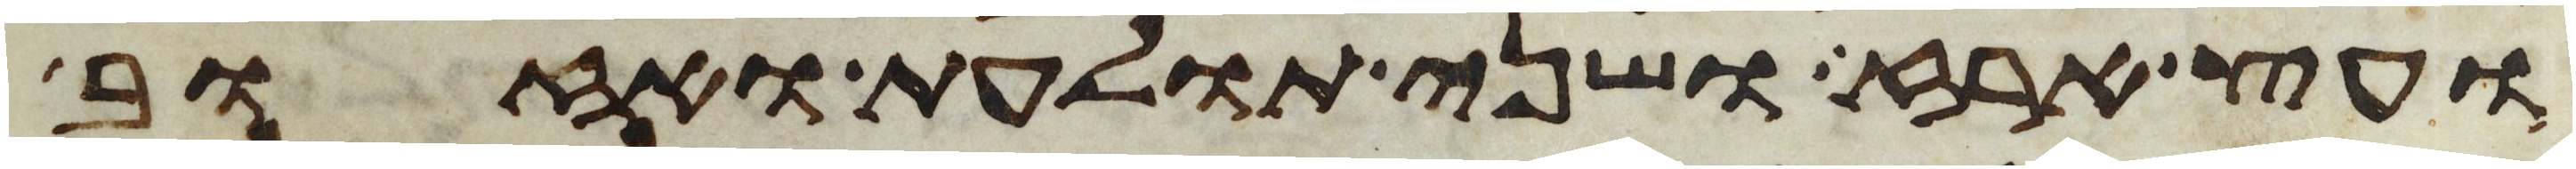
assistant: ועץ ארז ושני תולעת ואזוב